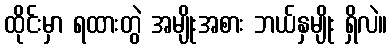
ထိုင်းမှာ ရထားတွဲ အမျိုးအစား ဘယ်နှမျိုး ရှိလဲ။